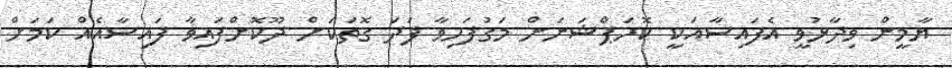
ޔާމީން ވިދާޅުވީ އެފައިސާއަކީ ކޮރަޕްޝަނަށް މަގުފަހިވާ ފަދަ ގޮތަކަށް ދޫކޮށްފައިވާ ފައިސާއެއް ކަމަށް